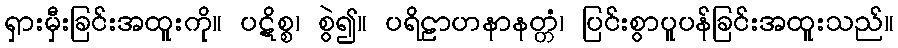
ရှားမှီးခြင်းအထူးကို။ ပဋိစ္စ၊ စွဲ၍။ ပရိဠာဟနာနတ္တံ၊ ပြင်းစွာပူပန်ခြင်းအထူးသည်။